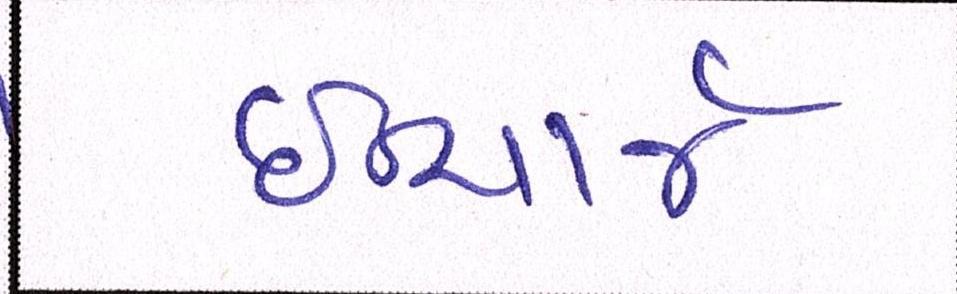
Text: ઈન્ચાર્જ